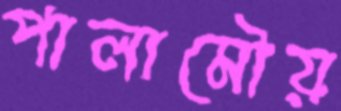
পালামৌয়